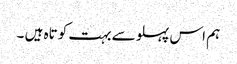
ہم اس پہلو سے بہت کوتاہ ہیں ۔